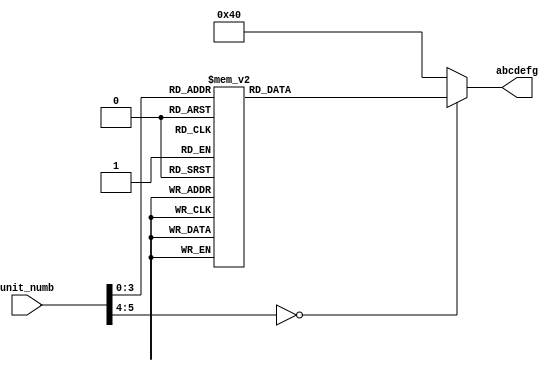
module led_unit(
	input [5:0] unit_numb,
	output reg [6:0] abcdefg
	);
always @(*) begin
	case (unit_numb)
		0 : abcdefg = 7'b1000000;
		1 : abcdefg = 7'b1111001;
		2 : abcdefg = 7'b0100100;
		3 : abcdefg = 7'b0110000;
		4 : abcdefg = 7'b0011001;
		5 : abcdefg = 7'b0010010;
		6 : abcdefg = 7'b0000010;
		7 : abcdefg = 7'b1111000;
		8 : abcdefg = 7'b0000000;
		9 : abcdefg = 7'b0010000;
		default : abcdefg = 7'b1000000;
	endcase
end
endmodule